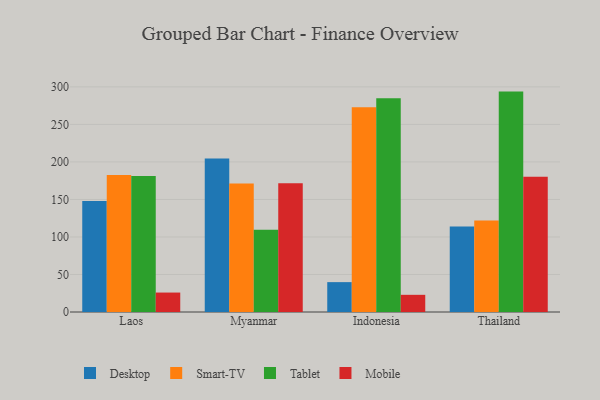
{"axis": {"x": "Country", "y": "Demand Index"}, "legend": ["Desktop", "Mobile", "Smart-TV", "Tablet"], "data": [{"x": "Laos", "y": 148.0, "type": "Desktop"}, {"x": "Laos", "y": 182.5, "type": "Smart-TV"}, {"x": "Laos", "y": 181.2, "type": "Tablet"}, {"x": "Laos", "y": 25.9, "type": "Mobile"}, {"x": "Myanmar", "y": 204.6, "type": "Desktop"}, {"x": "Myanmar", "y": 171.3, "type": "Smart-TV"}, {"x": "Myanmar", "y": 109.5, "type": "Tablet"}, {"x": "Myanmar", "y": 171.5, "type": "Mobile"}, {"x": "Indonesia", "y": 39.8, "type": "Desktop"}, {"x": "Indonesia", "y": 272.8, "type": "Smart-TV"}, {"x": "Indonesia", "y": 284.9, "type": "Tablet"}, {"x": "Indonesia", "y": 22.9, "type": "Mobile"}, {"x": "Thailand", "y": 114.0, "type": "Desktop"}, {"x": "Thailand", "y": 122.0, "type": "Smart-TV"}, {"x": "Thailand", "y": 293.7, "type": "Tablet"}, {"x": "Thailand", "y": 180.1, "type": "Mobile"}]}